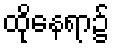
ထိုနေရာ၌